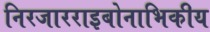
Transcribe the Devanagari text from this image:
निरजारराइबोनाभिकीय